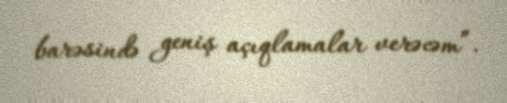
barəsində geniş açıqlamalar verəcəm”.